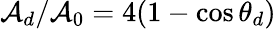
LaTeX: \mathcal{A}_{d}/\mathcal{A}_{0}=4(1-\cos\theta_{d})